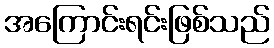
အကြောင်းရင်းဖြစ်သည်